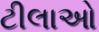
ટીલાઓ